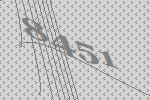
8451